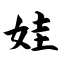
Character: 娃